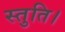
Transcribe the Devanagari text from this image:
स्तुति।